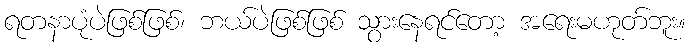
ရတနာပုံပဲဖြစ်ဖြစ်၊ ဘယ်ပဲဖြစ်ဖြစ် သွားနေရင်တော့ အရေးမဟုတ်ဘူး။